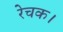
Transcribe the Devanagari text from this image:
रेचक।